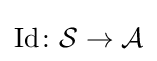
\operatorname {Id} \colon {\mathcal {S}}\to {\mathcal {A}}